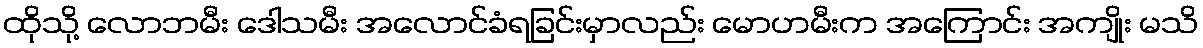
ထိုသို့ လောဘမီး ဒေါသမီး အလောင်ခံရခြင်းမှာလည်း မောဟမီးက အကြောင်း အကျိုး မသိ